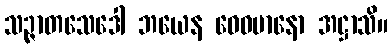
သဉ္ဇာတသေဒေါ ဘယေန ဝေဓမာနော အဋ္ဌာသိ။